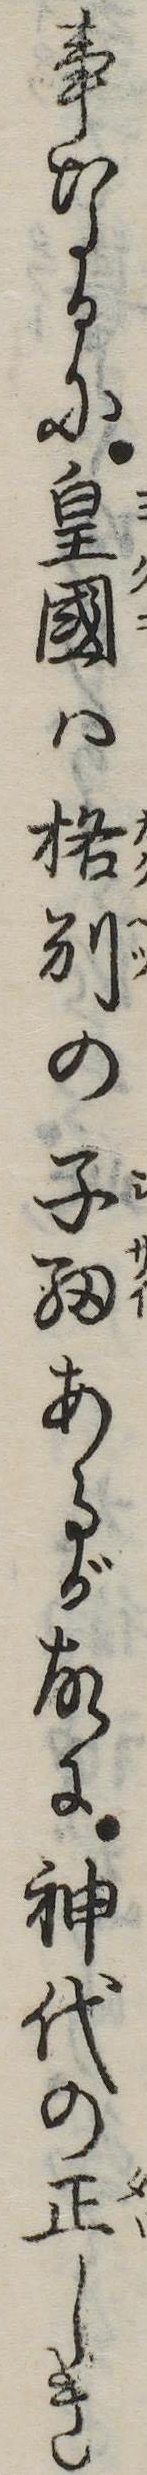
事なるに皇国は格別の子細あるが故に神代の正しき